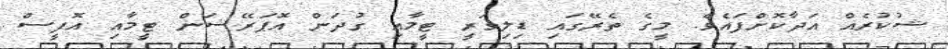
ޝުކުރެއް އަދާކޮށްފައެވެ. މީގެ ތެރޭގައި ޑިލިވަރީ ޓީމާއި ގުދަން އޮޕަރޭޝަން ޓީމާއި އޮފީސް